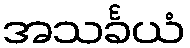
အသင်္ခယံ